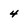
Character: 4